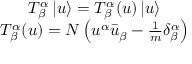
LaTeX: \begin{array} { c } { { T _ { \beta } ^ { \alpha } \, | u \rangle = { \cal T } _ { \beta } ^ { \alpha } ( u ) \, | u \rangle } } \\ { { { \cal T } _ { \beta } ^ { \alpha } ( u ) = N \left( u ^ { \alpha } \bar { u } _ { \beta } - { \frac { 1 } { m } } \delta _ { \beta } ^ { \alpha } \right) } } \end{array}